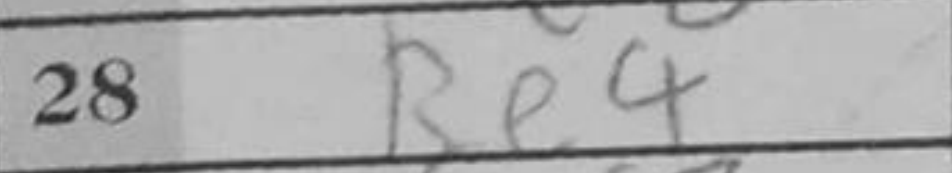
Transcription: Re4